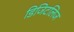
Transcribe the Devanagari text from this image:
डिजिटलिज